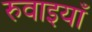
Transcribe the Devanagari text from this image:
रुवाइयाँ